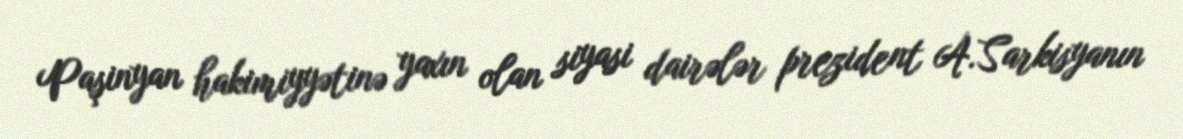
Paşinyan hakimiyyətinə yaxın olan siyasi dairələr prezident A.Sarkisyanın